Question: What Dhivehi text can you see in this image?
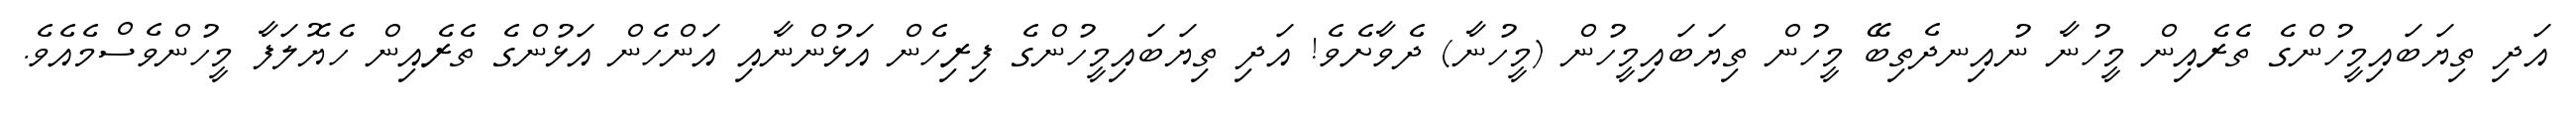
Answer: އަދި ތިޔަބައިމީހުންގެ ތެރެއިން މީހުނާ ނުއިނދެތިބޭ މީހުން ތިޔަބައިމީހުން (މީހުނާ) ދެވާށެވެ! އަދި ތިޔަބައިމީހުންގެ ފިރިހެން އަޅުންނާއި އަންހެން އަޅުންގެ ތެރެއިން ހެޔޮލަފާ މީހުންވެސްމެއެވެ.